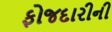
ફોજદારીની